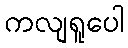
ကလျရူပေါ